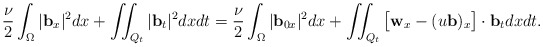
\begin{align*} &\frac{\nu}{2}\int_\Omega|\mathbf{b}_{x}|^2dx+ \iint_{Q_t} |\mathbf{b}_t|^2 dxdt =\frac{\nu}{2}\int_\Omega|\mathbf{b}_{0x}|^2dx+\iint_{Q_t} \big[\mathbf{w}_x - (u\mathbf{b})_{x}\big]\cdot\mathbf{b}_t dxdt. \\ \end{align*}